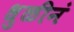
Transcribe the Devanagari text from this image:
धुळीनं